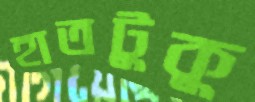
হাতটুকু